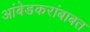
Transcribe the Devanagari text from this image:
आंबेडकरांबाबत